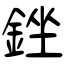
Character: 銼